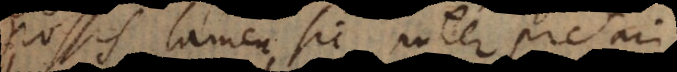
Possis tamen sic interpretari,